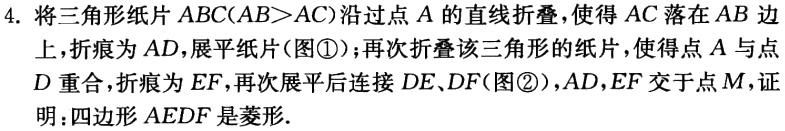
4. 将三角形纸片 \(ABC(AB > AC)\) 沿过点 \(A\) 的直线折叠，使得 \(AC\) 落在 \(AB\) 边上，折痕为 \(AD\)，展平纸片（图\textcircled{1}）；再次折叠该三角形的纸片，使得点 \(A\) 与点 \(D\) 重合，折痕为 \(EF\)，再次展平后连接 \(DE、DF\)（图\textcircled{2}），\(AD,EF\) 交于点 \(M\)，证明：四边形 \(AEDF\) 是菱形.